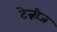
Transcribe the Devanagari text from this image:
टेन्नीज